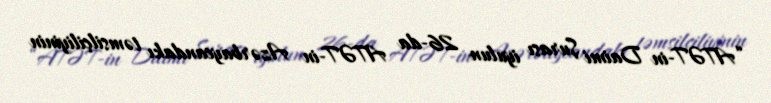
“ATƏT-in Daimi Şurası iyulun 26-da ATƏT-in Azərbaycandakı təmsilçiliyinin